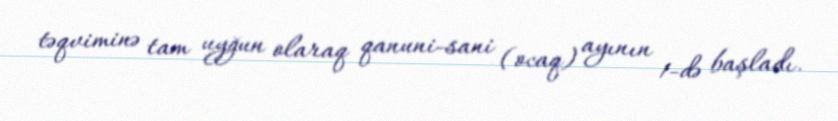
təqviminə tam uyğun olaraq qanuni-sani (ocaq) ayının 1-də başladı.